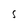
Character: S